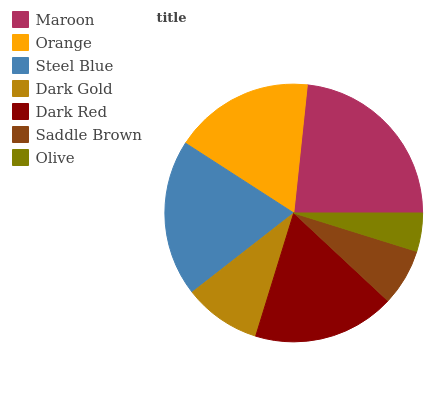
| Maroon | Orange | Steel Blue | Dark Gold | Dark Red | Saddle Brown | Olive |
 | --- | --- | --- | --- | --- | --- | --- |
 | 23.4% | 17.5% | 19.7% | 9.68% | 17.8% | 7.12% | 4.8% |